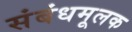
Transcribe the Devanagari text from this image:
संबंधमूलक